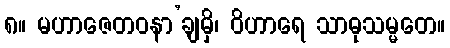
၈။ မဟာဇေတဝနာ’ချမှိ၊ ဝိဟာရေ သာဓုသမ္မတေ။